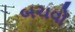
બચવો